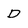
Character: D